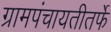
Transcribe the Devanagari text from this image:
ग्रामपंचायतीतर्फे